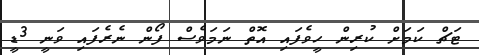
ޓަޗް ކަމަށް ކުރިން ހީވެފައި އޮތް ނަމަވެސް ފޯން ނެެރެފައި ވަނީ 3ޑީ